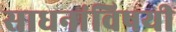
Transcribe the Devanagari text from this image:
साधनांविषयी